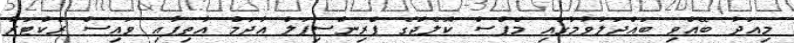
މިއަދު ބޭއްވި ބައްދަލުވުމުގައި މެޕްސް ކޮލެޖްގެ ޕްރިންސިޕަލް އާދަމް އާތިފާއި ވައިސް ރެކްޓަރު